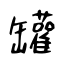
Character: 罐